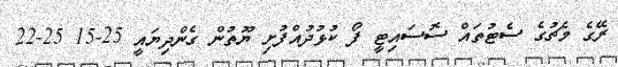
ރޭގެ މެޗުގެ ސެޓުތައް ސޮސައިޓީ ފޯ ކުޅުދުއްފުށި ޔޫތުން ގެންދިޔައީ 25-15 25-22